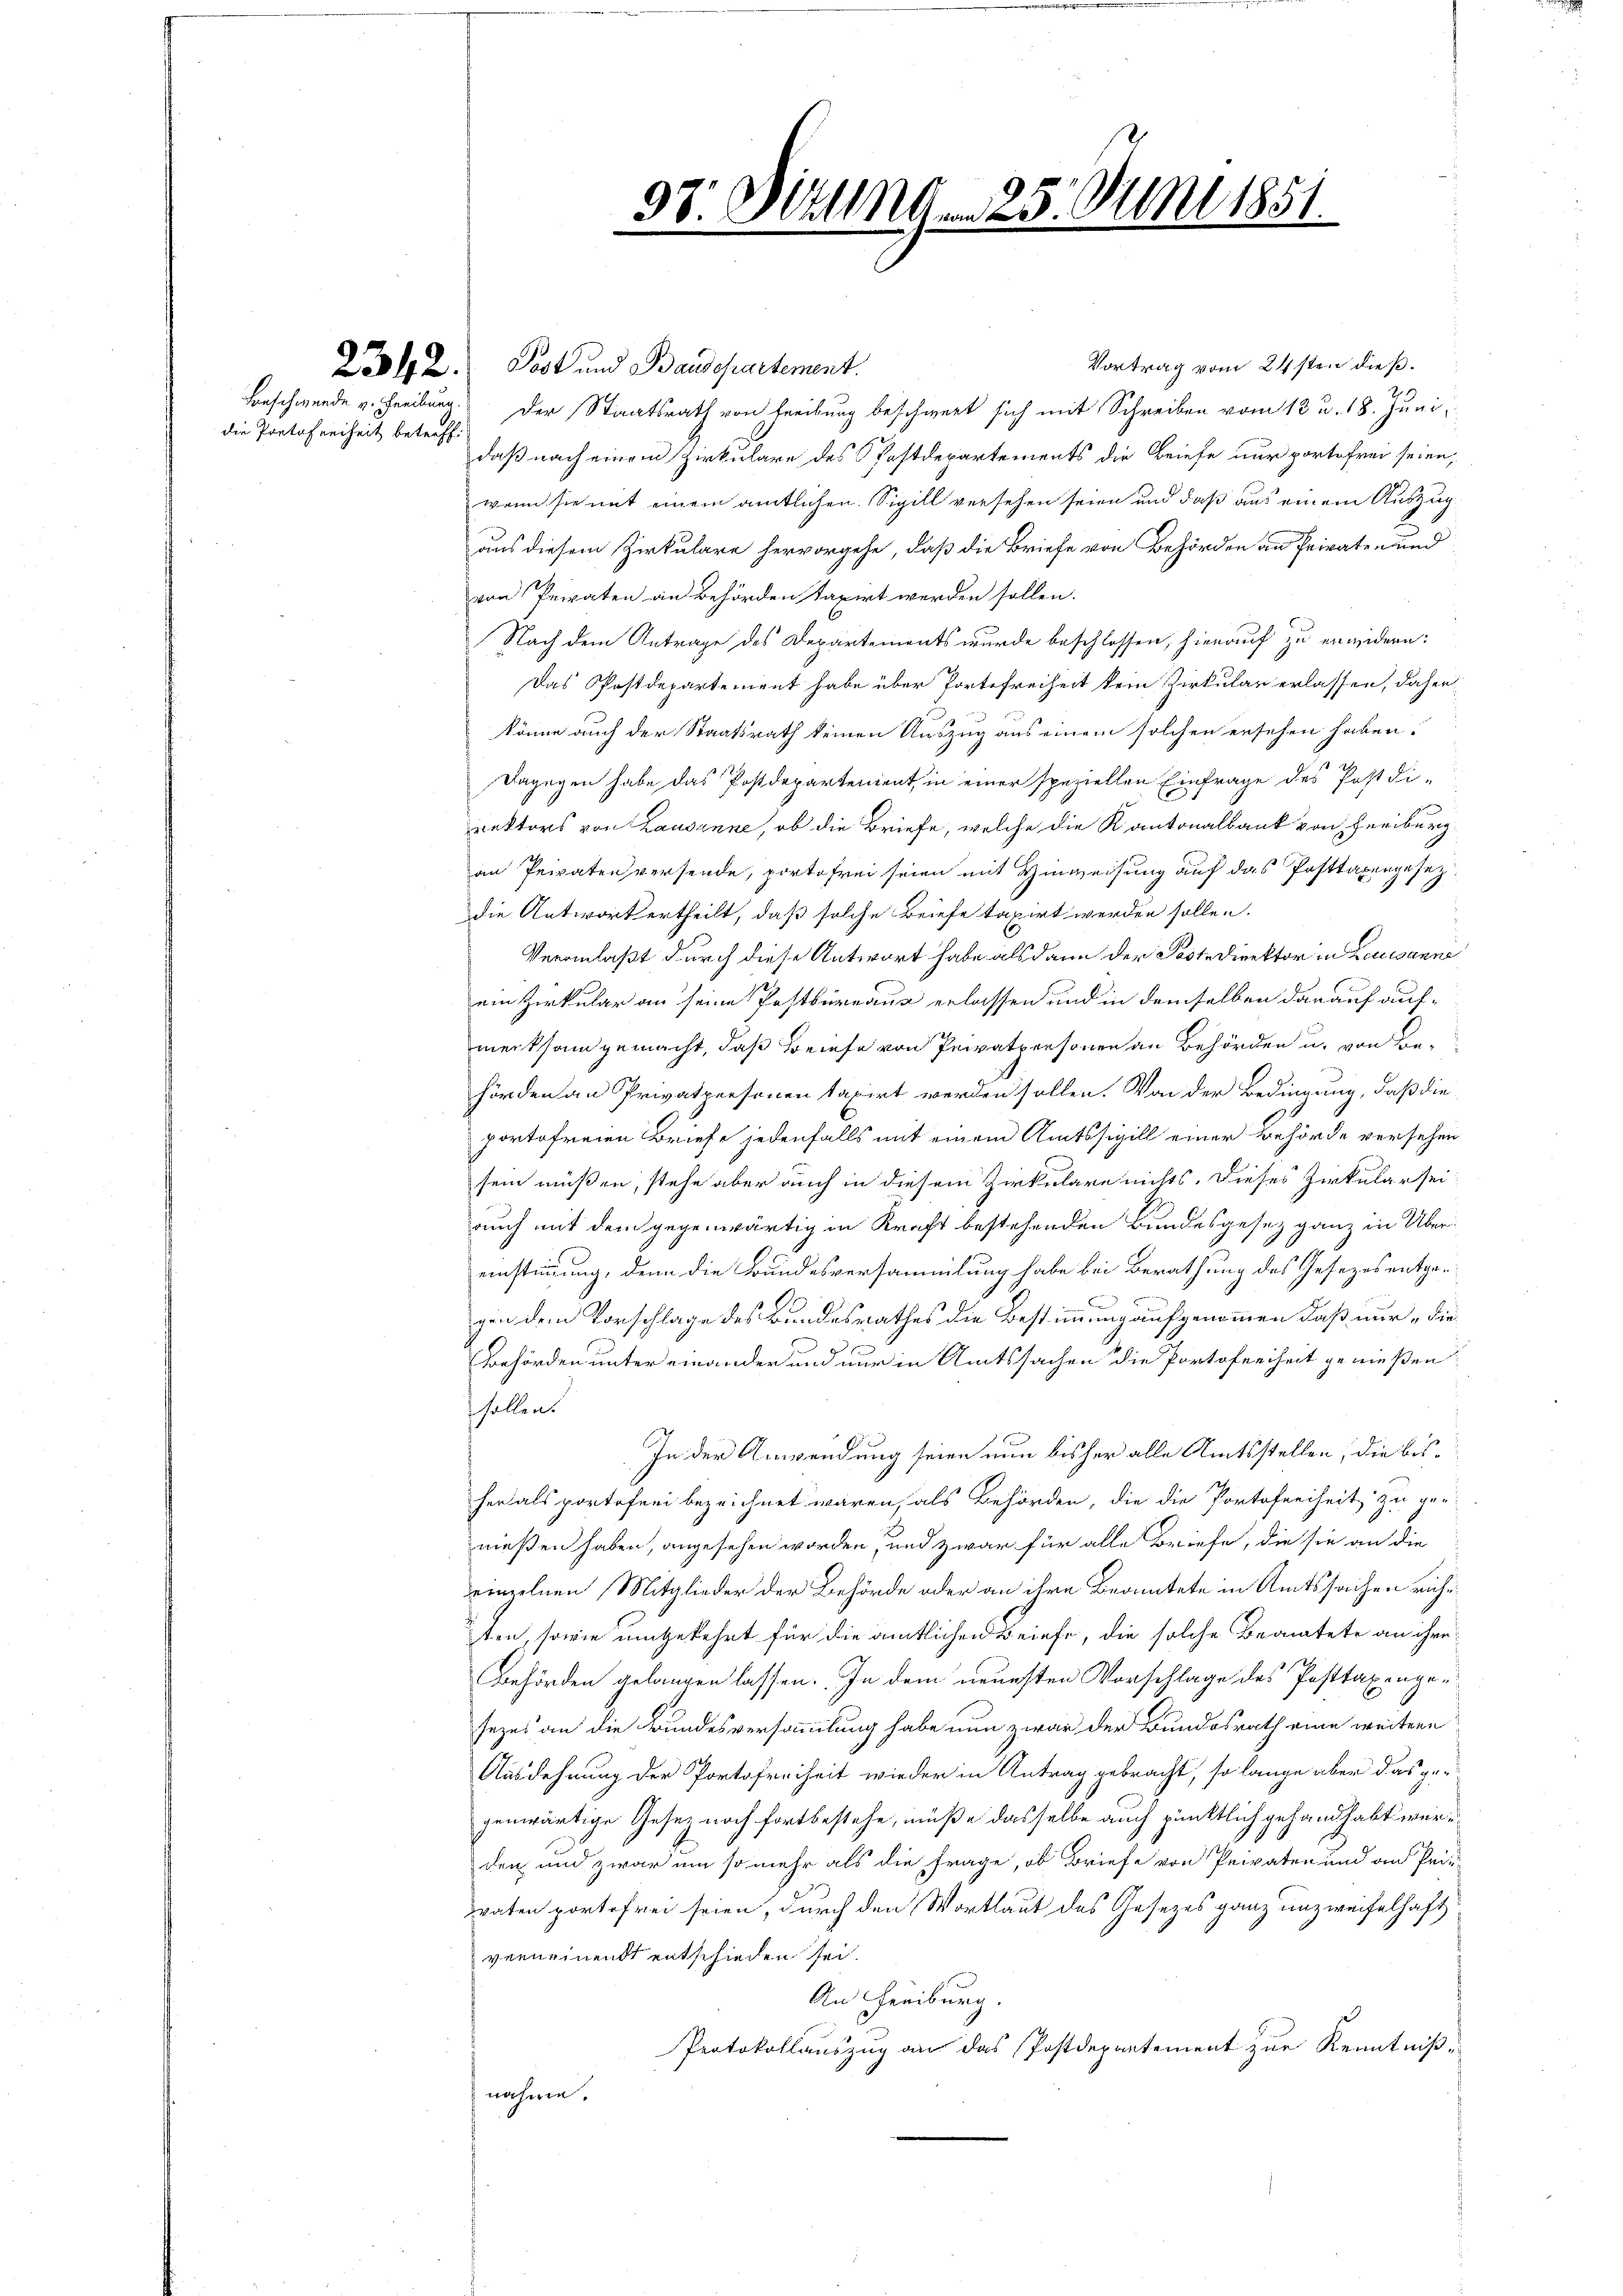
die Portofreiheit betreff.

Vortrag vom 24sten dieß.
Lool 2. Post und Baudepartement.
Beschwerde v. Freibung. Der Staatsrath von Freibung beschwert sich mit Schreiben vom 13 u. 18. Juni,
daß nach einem Zirkulare des Postdepartements die Briefe nur portofrei seien,
wenn sie mit einem amtlichen Sigill versehen seien und daß aus einem Auszug
aus diesem Zirkulare hervorgehe, daß die Briefe von Behörden an Privaten und
von Privaten an Behörden taxirt werden sollen.
Nach dem Antrage des Departements wurde beschlossen, hierauf zu erwidern:
Das Postdepartement habe über Portefreiheit kein Zirkular erlassen, daher
könne auch der Staatsrath keinen Auszug aus einem solchen ersehen haben.
Dagegen habe das Postdepartement, in einer speziellen Einfrage des Postdirektors von Lausanne, ob die Briefe, welche die Kantonalbank von Freiburg
an Privaten versende, portofrei seien mit Hinweisung auf das Posttaxengesezdie Antwort ertheilt, daß solche Briefe taxirt werden sollen.
Veranlaßt durch diese Antwort habe als dann der Postdirektor in Lausanne
ein Zirkular an seine Postbüreaus erlassen und in demselben darauf auf-
merksam gemacht, daß Briefe von Privatpersonen an Behörden u. von Behörden an Privatpersonen taxirt werden sollen. Von der Bedingung, daß die
portofreien Briefe jedenfalls mit einem Amtssigill einer Behörde versehen
sein müßen, stehe aber auch in diesem Zirkulare nichts. Dieses Zirkular seiauch mit dem gegenwärtig in Kraft bestehenden Bundesgesez ganz in Übereinstimmung, denn die Bundesversammlung habe bei Berathung des Gesetzes entgegen dem Vorschlage des Bundesrathes die Bestimmung aufgenommen, daß nur die
orhörden unter einander und nur in Amtssachen die Portofreiheit genießen.
schollens
In der Anwendung seien nun bisher alle Amtsstellen; die bisher als portofrei bezeichnet wären, als Behörden, die die Portofreiheit zu ger
nießen haben, angesehen worden, und zwar für alle Briefe, die sie an die
einzelnen Mitglieder der Behörde oder an ihre Beamtete in Amtssachen richten, sowie umgekehrt für die amtlichen Briefe, die solche Beamtete an ihre
Behörden gelangen lassen. In dem neuesten Vorschlage des Posttaxengesezes an die Brundesversammlung habe nun zwar der Bundesrath eine weitere
Ausdehnung der Portofreiheit wieder in Antrag gebracht, so lange aber das ge-
genwärtige Gesetz noch fortbestehe, müße dasselbe auch pünktlich gehandhabt werden und zwar um so mehr als die Frage, ob Briefe von Privaten und an Pri
daten portofrei seien, durch den Wortlaut des Gesezes ganz unzweifelhaft
verneinendt entschieden sei.
An Freiburg.
Protokollauszug an das Postdepartement zur Kenntnißnahme.

98. Mittag. 25. Juni 1851.